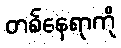
တစ်နေရာကို